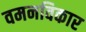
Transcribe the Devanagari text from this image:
वमनविकार